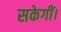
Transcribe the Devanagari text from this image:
सकेगीं।